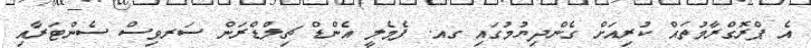
އެ ޕްރޮގްރާމުތައް ކުރިއަށް ގެންދިޔުމުގައި ގއ. ފެމެލީ އެންޑް ޗިލްޑްރަން ސަރވިސް ސެންޓަރާއި